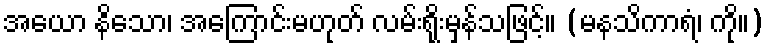
အယော နိသော၊ အကြောင်းမဟုတ် လမ်းရိုးမှန်သဖြင့်။ (မနသိကာရံ၊ ကို။)